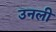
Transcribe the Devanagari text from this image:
उनली